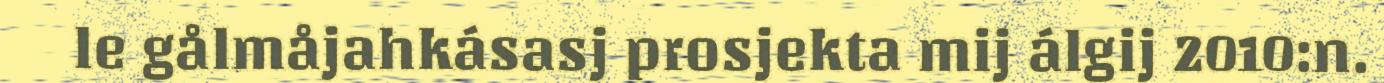
le gålmåjahkásasj prosjekta mij álgij 2010:n.